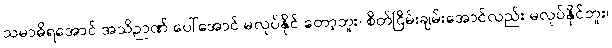
သမာဓိရအောင် အသိဉာဏ် ပေါ်အောင် မလုပ်နိုင် တော့ဘူး၊ စိတ်ငြိမ်းချမ်းအောင်လည်း မလုပ်နိုင်ဘူး၊